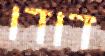
דודו